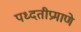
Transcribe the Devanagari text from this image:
पध्दतीप्रमाणे